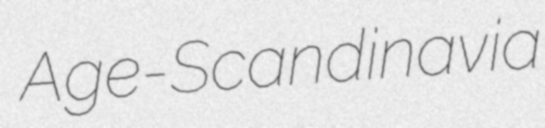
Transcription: Age-Scandinavia